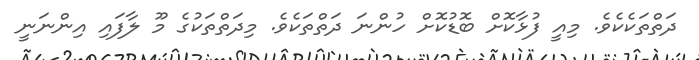
ދަތްތަކެކެވެ. މިއީ ފުޅާކޮށް ބޮޑުކޮށް ހުންނަ ދަތްތަކެވެ. މިދަތްތަކުގެ މޫ ލާފައި އިންނަނީ